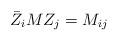
LaTeX: \begin{align*}\bar Z_i M Z_j=M_{ij}\end{align*}